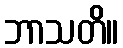
ဘာသတိ။